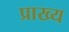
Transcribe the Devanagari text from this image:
प्राख्य